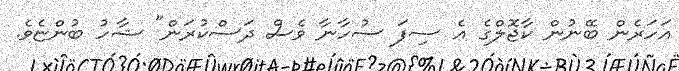
އަހަރެން ބޭނުން ކާޖޮލްގެ އެ ސިފަ ސުހާނާ ވެސް ދަސްކުރަން" ޝާހު ބުންޏެވެ.